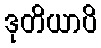
ဒုတိယာပိ